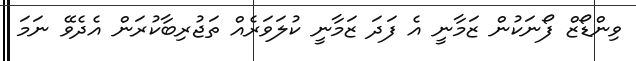
ވިންޑޯޒް ފޯނަކުން ޒަމާނީ އެ ފަދަ ޒަމާނީ ކުލަވަރެއް ތަޖުރިބާކުރަން އެދެވޭ ނަމަ